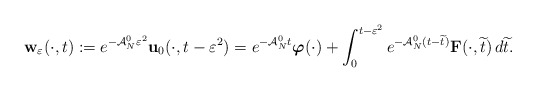
\begin{align*}\mathbf{w}_\varepsilon (\cdot ,t):=e^{-\mathcal{A}_N^0 \varepsilon ^2}\mathbf{u}_0(\cdot ,t-\varepsilon ^2)=e^{-\mathcal{A}_N^0 t}\boldsymbol{\varphi}(\cdot)+\int _0 ^{t-\varepsilon ^2}e^{-\mathcal{A}_N^0 (t-\widetilde{t})}\mathbf{F}(\cdot ,\widetilde{t})\,d\widetilde{t}.\end{align*}